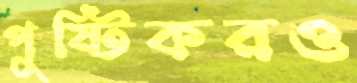
পুষ্টিকরও